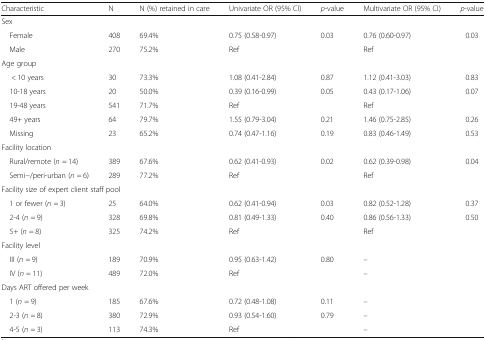
<table><thead><tr><td><b>Characteristic</b></td><td><b>N</b></td><td><b>N (%) retained in care</b></td><td><b>Univariate OR (95% CI)</b></td><td><b><i>p</i>-value</b></td><td><b>Multivariate OR (95% CI)</b></td><td><b><i>p</i>-value</b></td></tr></thead><tbody><tr><td colspan="7">Sex</td></tr><tr><td> Female</td><td>408</td><td>69.4%</td><td>0.75 (0.58-0.97)</td><td>0.03</td><td>0.76 (0.60-0.97)</td><td>0.03</td></tr><tr><td> Male</td><td>270</td><td>75.2%</td><td>Ref</td><td></td><td>Ref</td><td></td></tr><tr><td colspan="7">Age group</td></tr><tr><td>&lt; 10 years</td><td>30</td><td>73.3%</td><td>1.08 (0.41-2.84)</td><td>0.87</td><td>1.12 (0.41-3.03)</td><td>0.83</td></tr><tr><td> 10-18 years</td><td>20</td><td>50.0%</td><td>0.39 (0.16-0.99)</td><td>0.05</td><td>0.43 (0.17-1.06)</td><td>0.07</td></tr><tr><td> 19-48 years</td><td>541</td><td>71.7%</td><td>Ref</td><td></td><td>Ref</td><td></td></tr><tr><td> 49+ years</td><td>64</td><td>79.7%</td><td>1.55 (0.79-3.04)</td><td>0.21</td><td>1.46 (0.75-2.85)</td><td>0.26</td></tr><tr><td> Missing</td><td>23</td><td>65.2%</td><td>0.74 (0.47-1.16)</td><td>0.19</td><td>0.83 (0.46-1.49)</td><td>0.53</td></tr><tr><td colspan="7">Facility location</td></tr><tr><td> Rural/remote (<i>n</i> = 14)</td><td>389</td><td>67.6%</td><td>0.62 (0.41-0.93)</td><td>0.02</td><td>0.62 (0.39-0.98)</td><td>0.04</td></tr><tr><td> Semi−/peri-urban (<i>n</i> = 6)</td><td>289</td><td>77.2%</td><td>Ref</td><td></td><td>Ref</td><td></td></tr><tr><td colspan="7">Facility size of expert client staff pool</td></tr><tr><td> 1 or fewer (<i>n</i> = 3)</td><td>25</td><td>64.0%</td><td>0.62 (0.41-0.94)</td><td>0.03</td><td>0.82 (0.52-1.28)</td><td>0.37</td></tr><tr><td> 2-4 (<i>n</i> = 9)</td><td>328</td><td>69.8%</td><td>0.81 (0.49-1.33)</td><td>0.40</td><td>0.86 (0.56-1.33)</td><td>0.50</td></tr><tr><td> 5+ (<i>n</i> = 8)</td><td>325</td><td>74.2%</td><td>Ref</td><td></td><td>Ref</td><td></td></tr><tr><td colspan="7">Facility level</td></tr><tr><td> III (<i>n</i> = 9)</td><td>189</td><td>70.9%</td><td>0.95 (0.63-1.42)</td><td>0.80</td><td>–</td><td></td></tr><tr><td> IV (<i>n</i> = 11)</td><td>489</td><td>72.0%</td><td>Ref</td><td></td><td>–</td><td></td></tr><tr><td colspan="7">Days ART offered per week</td></tr><tr><td> 1 (<i>n</i> = 9)</td><td>185</td><td>67.6%</td><td>0.72 (0.48-1.08)</td><td>0.11</td><td>–</td><td></td></tr><tr><td> 2-3 (<i>n</i> = 8)</td><td>380</td><td>72.9%</td><td>0.93 (0.54-1.60)</td><td>0.79</td><td>–</td><td></td></tr><tr><td> 4-5 (<i>n</i> = 3)</td><td>113</td><td>74.3%</td><td>Ref</td><td></td><td>–</td><td></td></tr></tbody></table>